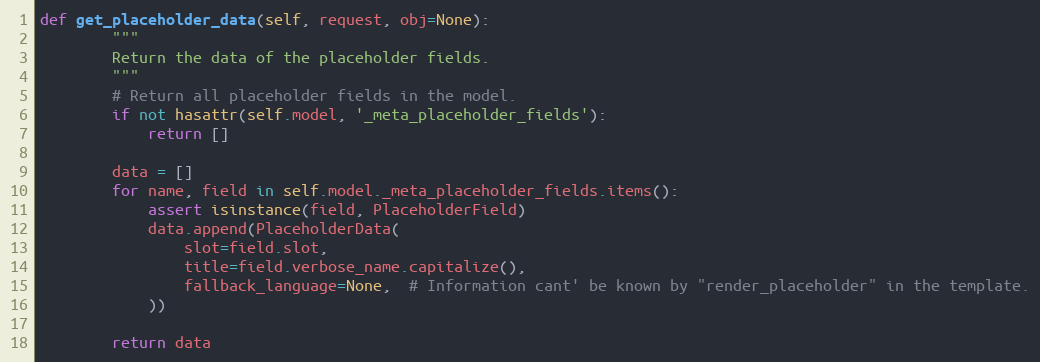
Language: Python
def get_placeholder_data(self, request, obj=None):
        """
        Return the data of the placeholder fields.
        """
        # Return all placeholder fields in the model.
        if not hasattr(self.model, '_meta_placeholder_fields'):
            return []

        data = []
        for name, field in self.model._meta_placeholder_fields.items():
            assert isinstance(field, PlaceholderField)
            data.append(PlaceholderData(
                slot=field.slot,
                title=field.verbose_name.capitalize(),
                fallback_language=None,  # Information cant' be known by "render_placeholder" in the template.
            ))

        return data